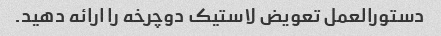
دستورالعمل تعویض لاستیک دوچرخه را ارائه دهید.